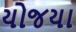
યોજયા